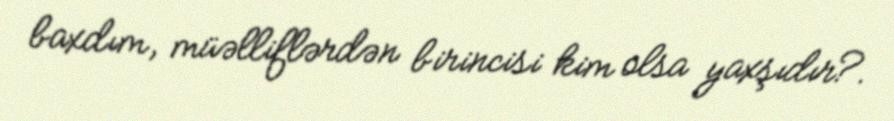
baxdım, müəlliflərdən birincisi kim olsa yaxşıdır?.